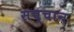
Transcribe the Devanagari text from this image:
सच्चान